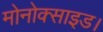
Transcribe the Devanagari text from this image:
मोनोक्साइड।